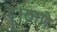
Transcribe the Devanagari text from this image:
है।ठाणे